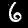
Label: 6